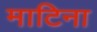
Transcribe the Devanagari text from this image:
माटिना